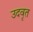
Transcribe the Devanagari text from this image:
उदवृत